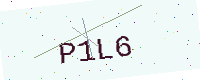
Text: P1L6